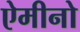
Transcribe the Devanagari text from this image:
ऐमीनो